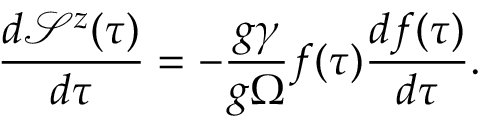
\frac { d \mathcal { S } ^ { z } ( \tau ) } { d \tau } = - \frac { g \gamma } { g \Omega } f ( \tau ) \frac { d f ( \tau ) } { d \tau } .